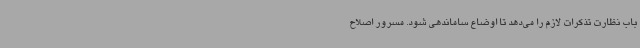
باب نظارت تذکرات لازم را می‌دهد تا اوضاع ساماندهی شود. مسرور اصلاح